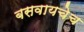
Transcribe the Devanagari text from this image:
बसवायचेच